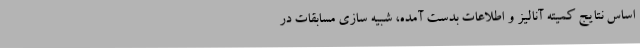
اساس نتایج کمیته آنالیز و اطلاعات بدست آمده، شبیه سازی مسابقات در